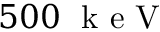
5 0 0 \; \mathrm { ~ k ~ e ~ V ~ }